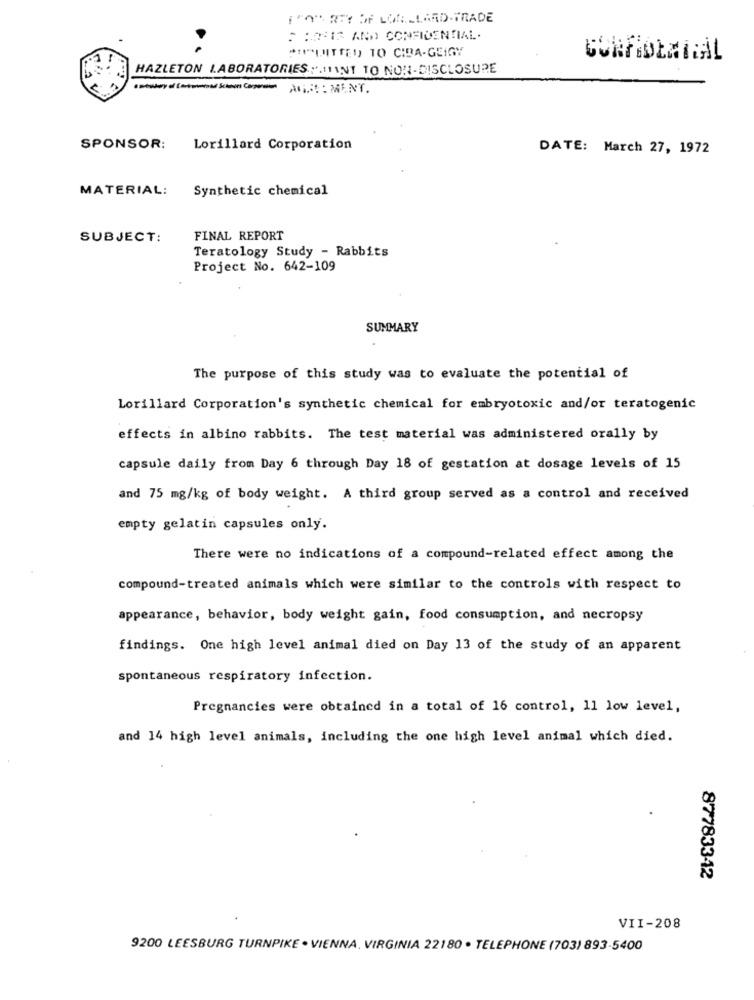
I"A" REY OF LOXLLAND-TRADE
5 BORIS AND CONFIDENTIAL.
*""[DITTEI) TO CIDA-GEIGY
HAZLETON LABORATORIES :. 11INT TO NON-DISCLOSURE
ANNO: MENT.
SPONSOR:
Lorillard Corporation
DATE: March 27, 1972
MATERIAL:
Synthetic chemical
SUBJECT:
FINAL REPORT
Teratology Study - Rabbits
Project No. 642-109
SUMMARY
The purpose of this study was to evaluate the potential of
Lorillard Corporation's synthetic chemical for embryotoxic and/or teratogenic
effects in albino rabbits. The test material was administered orally by
capsule daily from Day 6 through Day 18 of gestation at dosage levels of 15
and 75 mg/kg of body weight. A third group served as a control and received
empty gelatin capsules only.
There were no indications of a compound-related effect among the
compound-treated animals which were similar to the controls with respect to
appearance, behavior, body weight gain, food consumption, and necropsy
findings. One high level animal died on Day 13 of the study of an apparent
spontaneous respiratory infection.
Pregnancies were obtained in a total of 16 control, 11 low level,
and 14 high level animals, including the one high level animal which died.
877833-12
VII-208
9200 LEESBURG TURNPIKE . VIENNA, VIRGINIA 22180 · TELEPHONE (703) 893-5400